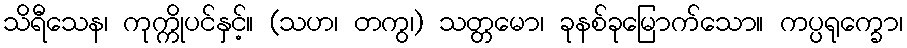
သိရီသေန၊ ကုက္ကိုပင်နှင့်။ (သဟ၊ တကွ၊) သတ္တမော၊ ခုနစ်ခုမြောက်သော။ ကပ္ပရုက္ခော၊